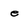
Character: e